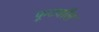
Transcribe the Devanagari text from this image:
फूटवाँल